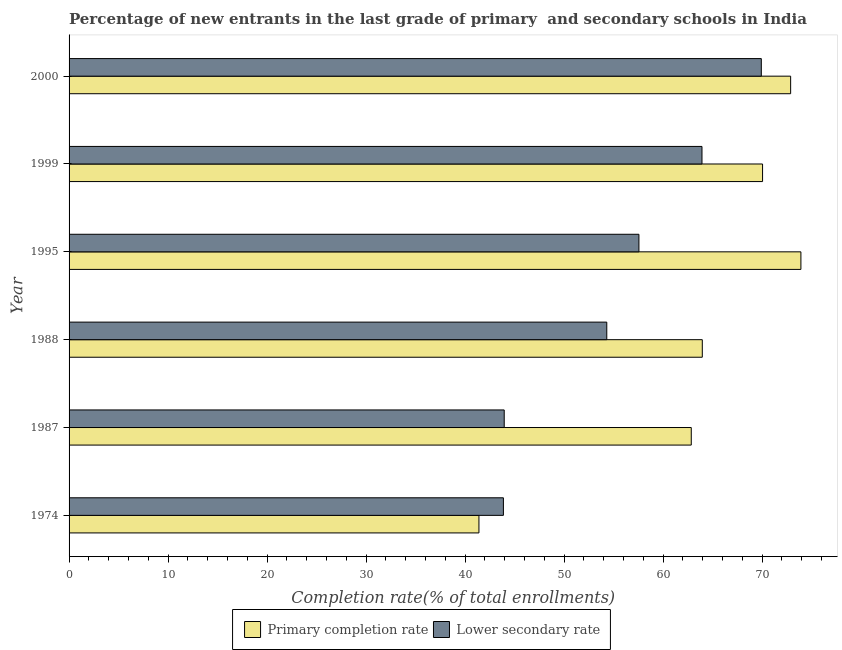
| Year | Primary completion rate | Lower secondary rate |
 | --- | --- | --- |
 | 1974 | 41.4 | 43.9 |
 | 1987 | 62.8 | 44 |
 | 1988 | 64 | 54.3 |
 | 1995 | 73.9 | 57.6 |
 | 1999 | 70 | 63.9 |
 | 2000 | 72.9 | 69.9 |